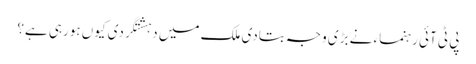
پی ٹی آئی رہنماء نے بڑی وجہ بتادی	ملک میں دہشتگردی کیوں ہورہی ہے؟